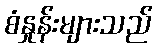
စံနှုန်းများသည်